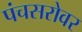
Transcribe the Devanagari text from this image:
पंचसरोवर